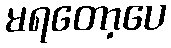
မရတော့ပေ